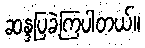
ဆန္ဒပြခဲ့ကြပါတယ်။